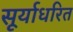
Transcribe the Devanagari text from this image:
सूर्याधरित